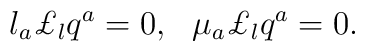
l_a\pounds_l q^a = 0, \,\,\,\, \mu_a\pounds_l q^a = 0.